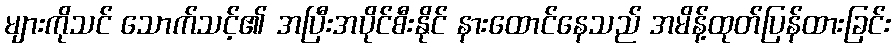
များကိုသင် သောက်သင့်၏ အပြီးအပိုင်စီးနိုင် နားထောင်နေသည် အမိန့်ထုတ်ပြန်ထားခြင်း